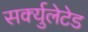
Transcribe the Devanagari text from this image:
सर्क्युलेटेड